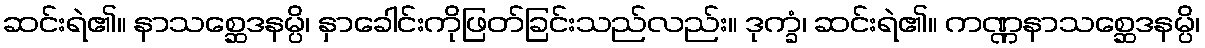
ဆင်းရဲ၏။ နာသစ္ဆေဒနမ္ပိ၊ နှာခေါင်းကိုဖြတ်ခြင်းသည်လည်း။ ဒုက္ခံ၊ ဆင်းရဲ၏။ ကဏ္ဏနာသစ္ဆေဒနမ္ပိ၊